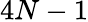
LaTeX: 4N-1